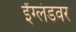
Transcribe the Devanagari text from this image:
ईंग्लंडवर